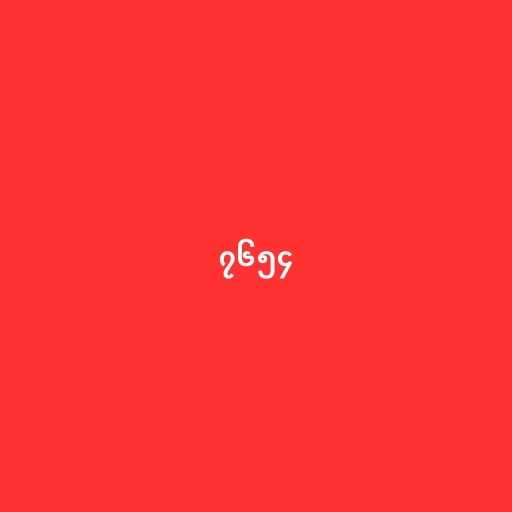
၇၆၅၄